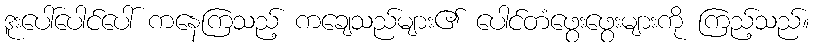
ဒူးပေါ်ပေါင်ပေါ် ကနေကြသည့် ကချေသည်များ၏ ပေါင်တံဖွေးဖွေးများကို ကြည့်သည်။